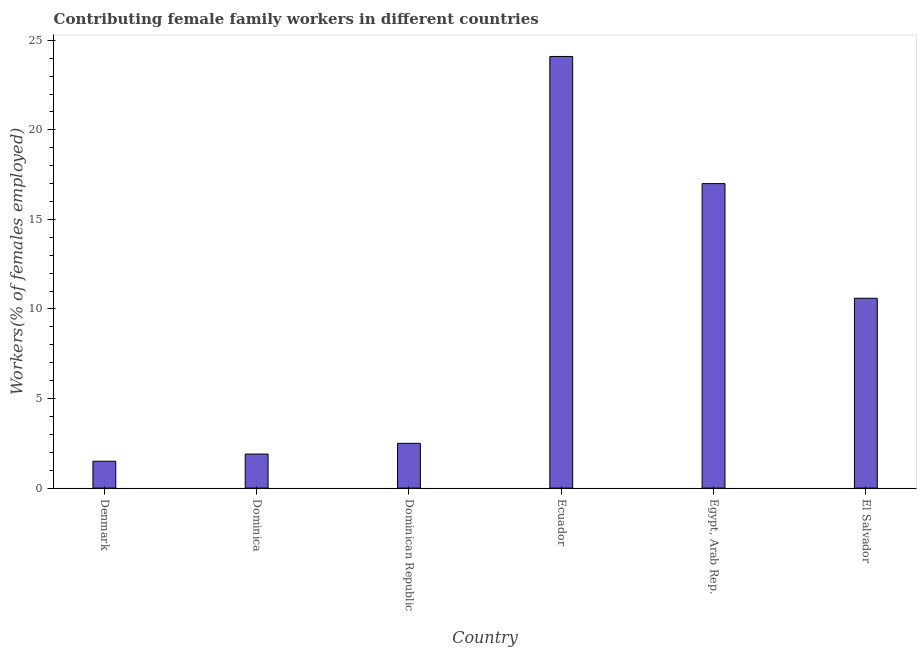
| Country | Contributing family workers |
 | --- | --- |
 | Denmark | 1.5 |
 | Dominica | 1.9 |
 | Dominican Republic | 2.5 |
 | Ecuador | 24.1 |
 | Egypt, Arab Rep. | 17 |
 | El Salvador | 10.6 |